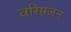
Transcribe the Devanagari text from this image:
वरिष्ठजन